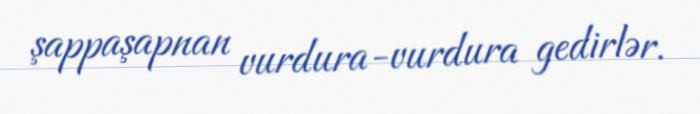
şappaşapnan vurdura-vurdura gedirlər.